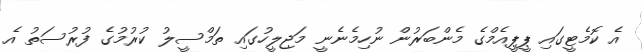
އެ ކޮމެޓީގައި ޕީޕީއެމްގެ މެންބަރުން ނުހިމެނެނީ މަޖިލީހުގައި ތަމްސީލު ކުރުމުގެ ފުރުސަތު އެ